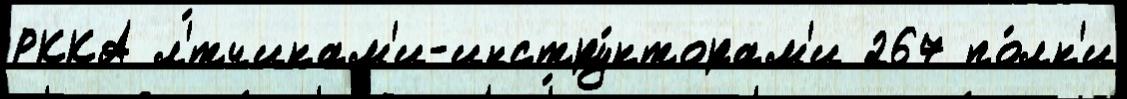
РККА л'́тчикам'и-инстру́кторам'и 267 по́лк'и